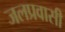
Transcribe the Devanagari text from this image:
जलप्रवासी